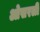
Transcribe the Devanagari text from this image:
ओसरली